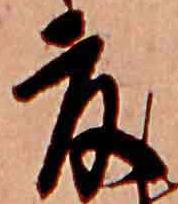
夏